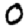
Digit: 0